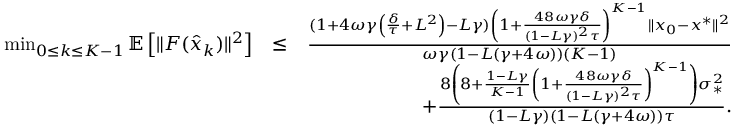
\begin{array} { r l r } { \operatorname* { m i n } _ { 0 \leq k \leq K - 1 } \mathbb { E } \left[ \| F ( \hat { x } _ { k } ) \| ^ { 2 } \right] } & { \leq } & { \frac { ( 1 + 4 \omega \gamma \left( \frac { \delta } { \tau } + L ^ { 2 } \right) - L \gamma ) \left( 1 + \frac { 4 8 \omega \gamma \delta } { ( 1 - L \gamma ) ^ { 2 } \tau } \right) ^ { K - 1 } \| x _ { 0 } - x ^ { * } \| ^ { 2 } } { \omega \gamma ( 1 - L ( \gamma + 4 \omega ) ) ( K - 1 ) } } \\ & { } & { \quad + \frac { 8 \left( 8 + \frac { 1 - L \gamma } { K - 1 } \left( 1 + \frac { 4 8 \omega \gamma \delta } { ( 1 - L \gamma ) ^ { 2 } \tau } \right) ^ { K - 1 } \right) \sigma _ { * } ^ { 2 } } { ( 1 - L \gamma ) ( 1 - L ( \gamma + 4 \omega ) ) \tau } . } \end{array}